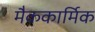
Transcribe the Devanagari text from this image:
मैककार्मिक